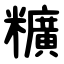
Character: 䊯